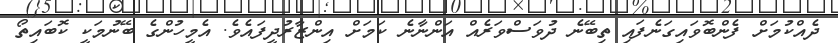
ދެއްކުމަށް ފެންބޮވައިގަނެފައި ތިބޭނެ ދުވަސްވަރެއް އަންނާނެ ކަމަށް އިންޒާރުދީފައެވެ. އެމީހުންގެ ބޭނުމަކީ ކޮބައިތޯ